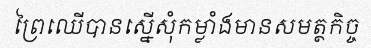
ព្រៃឈើបានស្នើសុំកម្លាំងមានសមត្ថកិច្ច